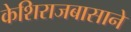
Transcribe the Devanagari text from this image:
केशिराजबासाने